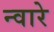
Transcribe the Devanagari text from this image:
न्वारे